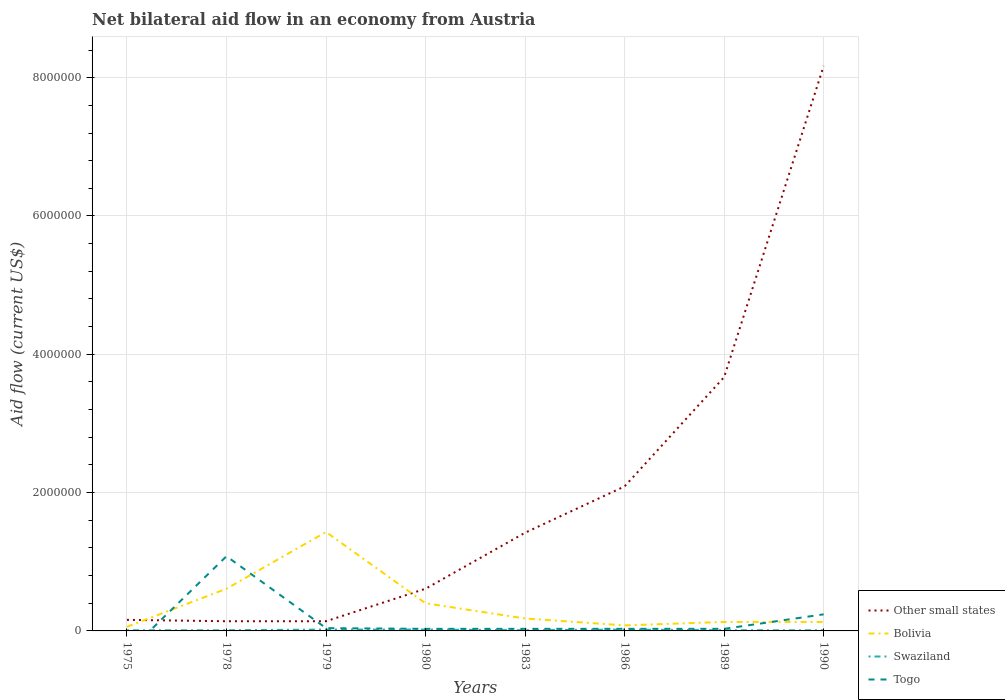
| Years | Other small states | Bolivia | Swaziland | Togo |
 | --- | --- | --- | --- | --- |
 | 1975 | 1.6e+05 | 6e+04 | 1e+04 | -3.2e+05 |
 | 1978 | 1.4e+05 | 6.1e+05 | 1e+04 | 1.08e+06 |
 | 1979 | 1.4e+05 | 1.43e+06 | 2e+04 | 4e+04 |
 | 1980 | 6.1e+05 | 4e+05 | 2e+04 | 3e+04 |
 | 1983 | 1.42e+06 | 1.8e+05 | 1e+04 | 3e+04 |
 | 1986 | 2.09e+06 | 8e+04 | 2e+04 | 3e+04 |
 | 1989 | 3.67e+06 | 1.3e+05 | 1e+04 | 3e+04 |
 | 1990 | 8.17e+06 | 1.3e+05 | 1e+04 | 2.4e+05 |